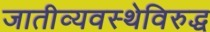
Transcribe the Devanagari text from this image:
जातीव्यवस्थेविरुद्ध